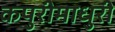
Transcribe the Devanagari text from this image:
कपुरीमाधुरी